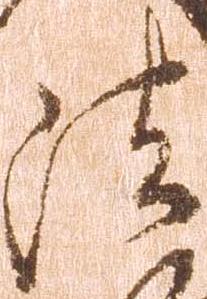
法